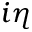
i \eta